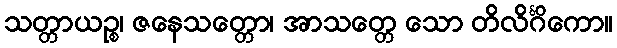
သတ္တာယဉ္စ၊ ဇနေသတ္တော၊ အာသတ္တေ သော တိလိင်္ဂိကော။